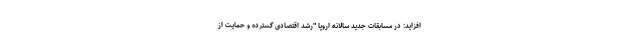
افزاید: در مسابقات جدید سالانه اروپا "رشد اقتصادی گسترده و حمایت از